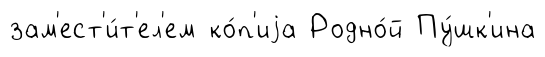
зам'ест'и́т'ел'ем ко́п'иjа Родно́й Пу́шк'ина